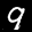
Label: 9